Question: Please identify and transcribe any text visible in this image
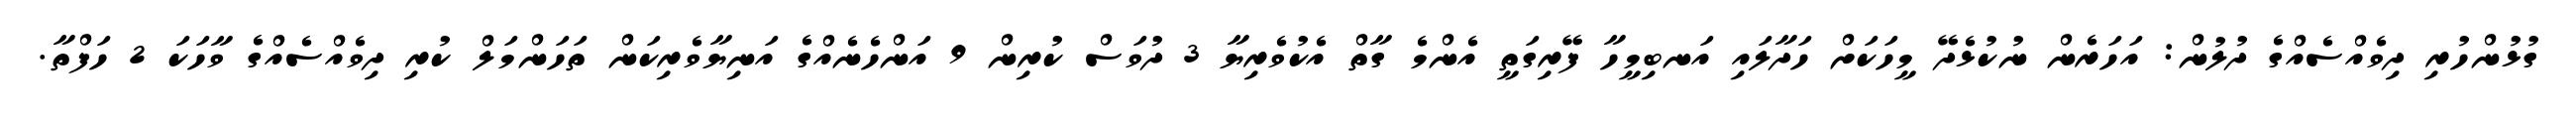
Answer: ގުޅުންހުރި ދިވެއްސެއްގެ ދުލުން: އަހަރެން ނުކުޅެދޭ މީހަކަށް ހަދާލައި އަނބިމީހާ ފޭރިގަތީ އެންމެ ގާތް އެކުވެރިޔާ 3 ދުވަސް ކުރިން 9 އަންހެނެއްގެ އަނިޔާވެރިކަން ތަހަންމަލް ކުރި ދިވެއްސެއްގެ ވާހަކަ 2 ހަފްތާ.